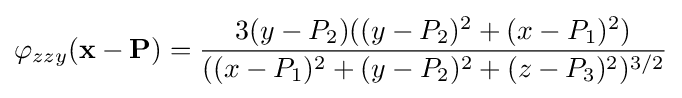
\varphi _{zzy}(\mathbf {x} -\mathbf {P} )={\frac {3(y-P_{2})((y-P_{2})^{2}+(x-P_{1})^{2})}{((x-P_{1})^{2}+(y-P_{2})^{2}+(z-P_{3})^{2})^{3/2}}}